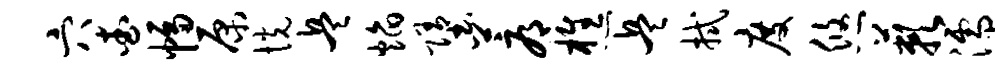
穴查幅原恍兵焰堕蓐樵兵拭度悠蔌濡